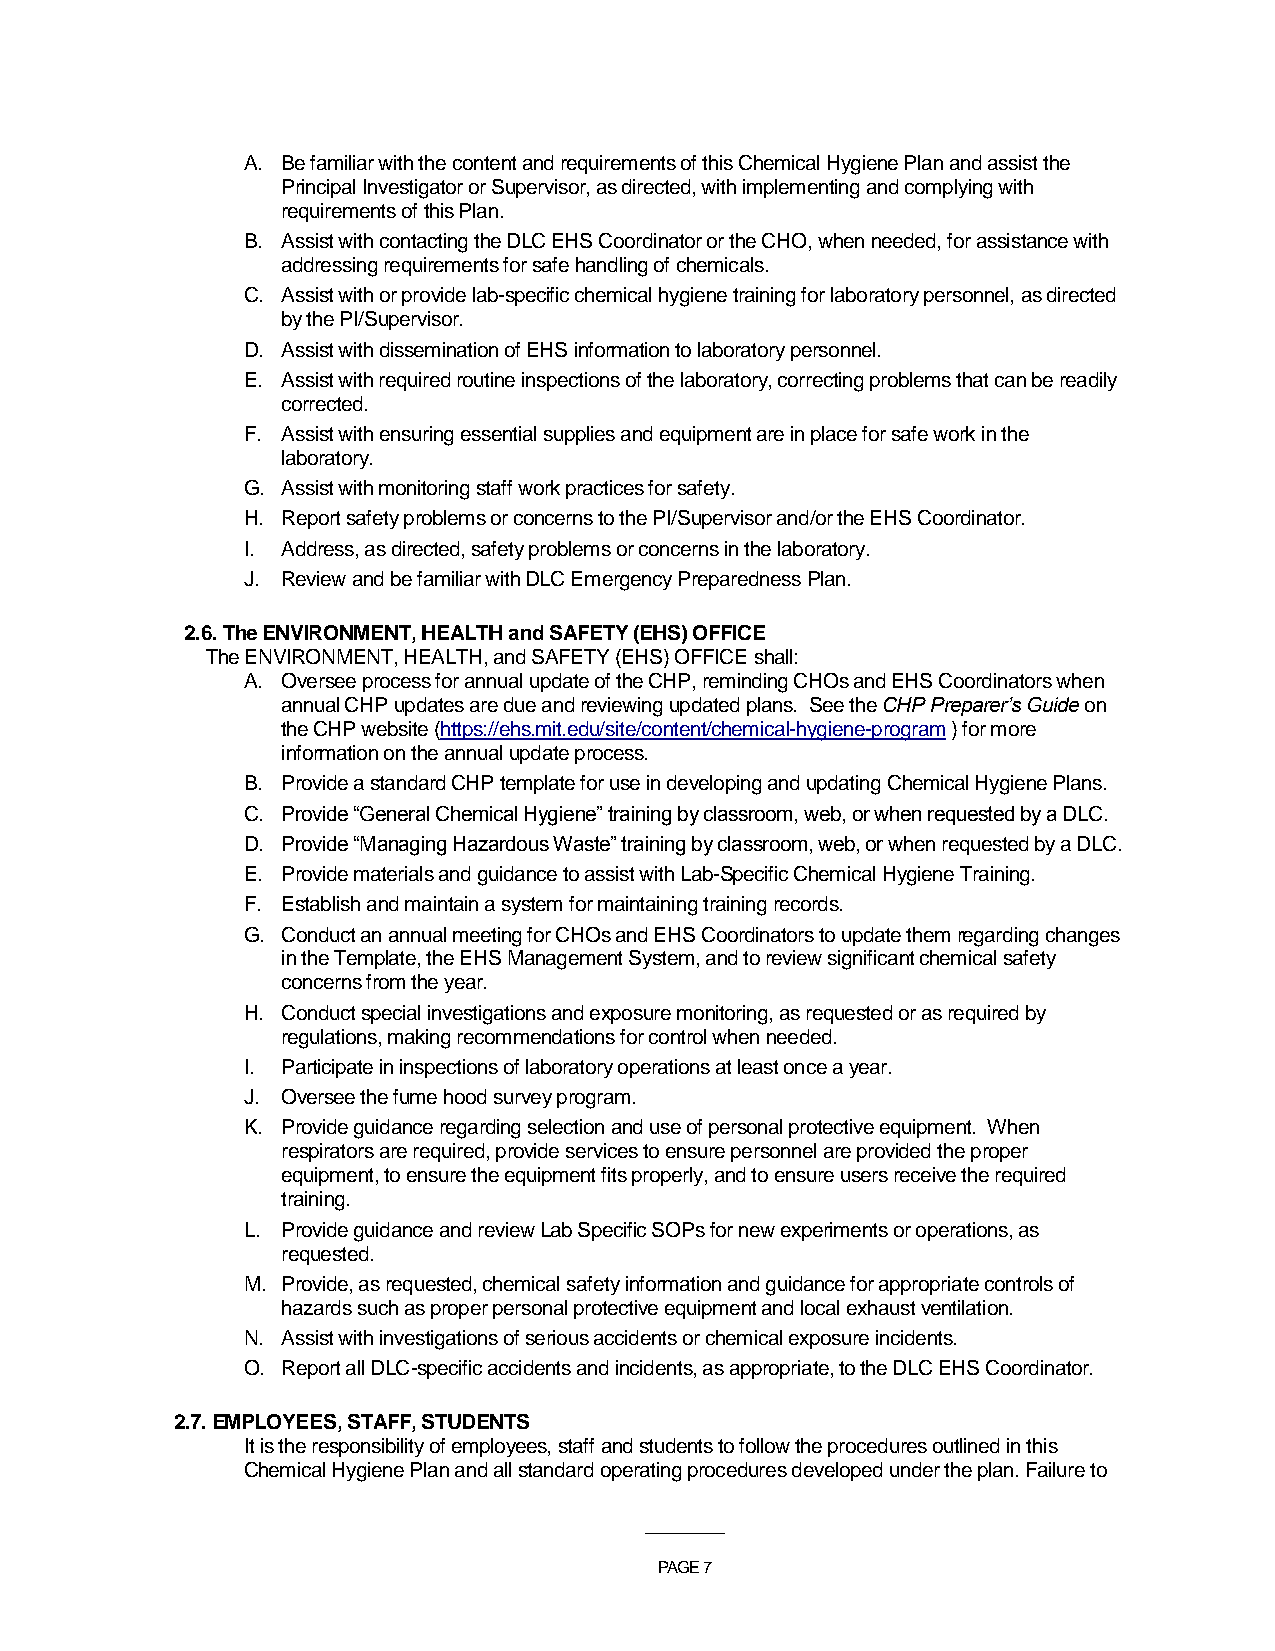
A. Be familiar with the content and requirements of this Chemical Hygiene Plan and assist the
 Principal Investigator or Supervisor, as directed, with implementing and complying with
 requirements of this Plan.
 B. Assist with contacting the DLC EHS Coordinator or the CHO, when needed, for assistance with
 addressing requirements for safe handling of chemicals.
 C. Assist with or provide lab-specific chemical hygiene training for laboratory personnel, as directed
 by the PI/Supervisor.
 D. Assist with dissemination of EHS information to laboratory personnel.
 E. Assist with required routine inspections of the laboratory, correcting problems that can be readily
 corrected.
 F. Assist with ensuring essential supplies and equipment are in place for safe work in the
 laboratory.
 G. Assist with monitoring staff work practices for safety.
 H. Report safety problems or concerns to the PI/Supervisor and/or the EHS Coordinator.
 I. Address, as directed, safety problems or concerns in the laboratory.
 J. Review and be familiar with DLC Emergency Preparedness Plan.
 2.6. The ENVIRONMENT, HEALTH and SAFETY (EHS) OFFICE
 The ENVIRONMENT, HEALTH, and SAFETY (EHS) OFFICE shall:
 A. Oversee process for annual update of the CHP, reminding CHOs and EHS Coordinators when
 annual CHP updates are due and reviewing updated plans. See the CHP Preparer’s Guide on
 the CHP website (https://ehs.mit.edu/site/content/chemical-hygiene-program ) for more
 information on the annual update process.
 B. Provide a standard CHP template for use in developing and updating Chemical Hygiene Plans.
 C. Provide “General Chemical Hygiene” training by classroom, web, or when requested by a DLC.
 D. Provide “Managing Hazardous Waste” training by classroom, web, or when requested by a DLC.
 E. Provide materials and guidance to assist with Lab-Specific Chemical Hygiene Training.
 F. Establish and maintain a system for maintaining training records.
 G. Conduct an annual meeting for CHOs and EHS Coordinators to update them regarding changes
 in the Template, the EHS Management System, and to review significant chemical safety
 concerns from the year.
 H. Conduct special investigations and exposure monitoring, as requested or as required by
 regulations, making recommendations for control when needed.
 I. Participate in inspections of laboratory operations at least once a year.
 J. Oversee the fume hood survey program.
 K. Provide guidance regarding selection and use of personal protective equipment. When
 respirators are required, provide services to ensure personnel are provided the proper
 equipment, to ensure the equipment fits properly, and to ensure users receive the required
 training.
 L. Provide guidance and review Lab Specific SOPs for new experiments or operations, as
 requested.
 M. Provide, as requested, chemical safety information and guidance for appropriate controls of
 hazards such as proper personal protective equipment and local exhaust ventilation.
 N. Assist with investigations of serious accidents or chemical exposure incidents.
 O. Report all DLC-specific accidents and incidents, as appropriate, to the DLC EHS Coordinator.
 2.7. EMPLOYEES, STAFF, STUDENTS
 It is the responsibility of employees, staff and students to follow the procedures outlined in this
 Chemical Hygiene Plan and all standard operating procedures developed under the plan. Failure to
 ___________
 PAGE 7